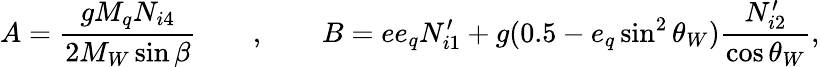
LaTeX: A=\frac{gM_{q}N_{i4}}{2M_{W}\sin\beta}\qquad,\qquad B=ee_{q}N_{i1}^{\prime}+g(0.5-e_{q}\sin^{2}\theta_{W})\frac{N_{i2}^{\prime}}{\cos\theta_{W}},